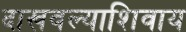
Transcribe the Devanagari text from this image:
दाखवल्याशिवाय